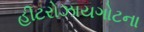
હીટરોઝાયગોટના